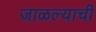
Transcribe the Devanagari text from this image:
जाळल्याची